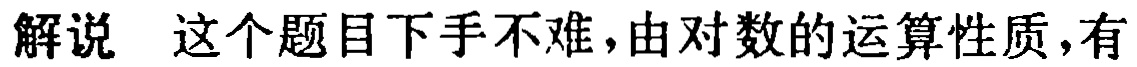
解说 这个题目下手不难，由对数的运算性质，有